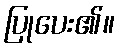
ပြုပေး၏။